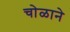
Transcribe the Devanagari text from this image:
चोळाने